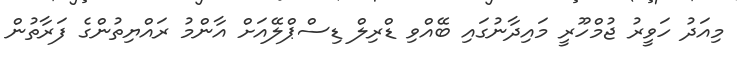
މިއަދު ހަވީރު ޖުމްހޫރީ މައިދާނުގައި ބޭއްވި ޑްރިލް ޑިސްޕްލޭއަށް އާންމު ރައްޔިތުންގެ ފަރާތުން